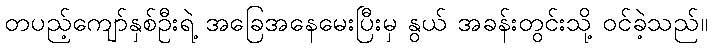
တပည့်ကျော်နှစ်ဦးရဲ့ အခြေအနေမေးပြီးမှ နွယ် အခန်းတွင်းသို့ ဝင်ခဲ့သည်။